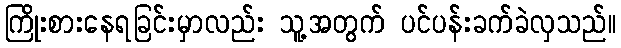
ကြိုးစားနေရခြင်းမှာလည်း သူ့အတွက် ပင်ပန်းခက်ခဲလှသည်။